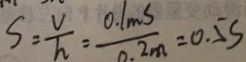
S = \frac { V } { h } = \frac { 0 . 1 m s } { 0 . 2 m } = 0 . 5 S